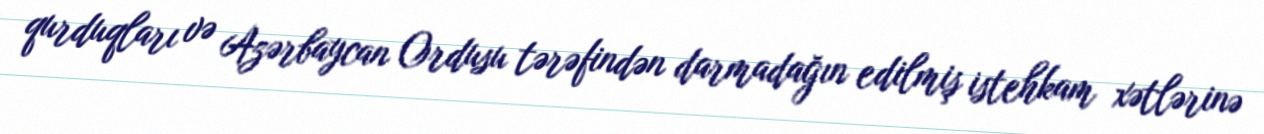
qurduqları və Azərbaycan Ordusu tərəfindən darmadağın edilmiş istehkam xətlərinə